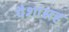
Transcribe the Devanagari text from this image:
पैशांसह